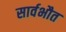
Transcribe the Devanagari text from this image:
सार्वभौत